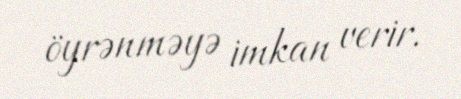
öyrənməyə imkan verir.